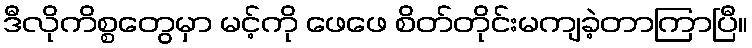
ဒီလိုကိစ္စတွေမှာ မင့်ကို ဖေဖေ စိတ်တိုင်းမကျခဲ့တာကြာပြီ။